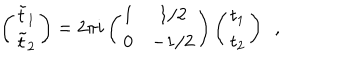
LaTeX: \left( \begin{array} { c } { { { \tilde { t } } _ { 1 } } } \\ { { { \tilde { t } } _ { 2 } } } \\ \end{array} \right) = 2 \pi i \left( \begin{array} { c c } { { 1 } } & { { 1 / 2 } } \\ { { 0 } } & { { - 1 / 2 } } \\ \end{array} \right) \left( \begin{array} { c } { { t _ { 1 } } } \\ { { t _ { 2 } } } \\ \end{array} \right) \, \, \, ,